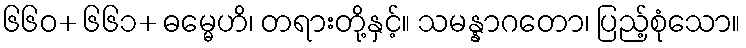
၆၆၀+ ၆၆၁+ ဓမ္မေဟိ၊ တရားတို့နှင့်။ သမန္နာဂတော၊ ပြည့်စုံသော။